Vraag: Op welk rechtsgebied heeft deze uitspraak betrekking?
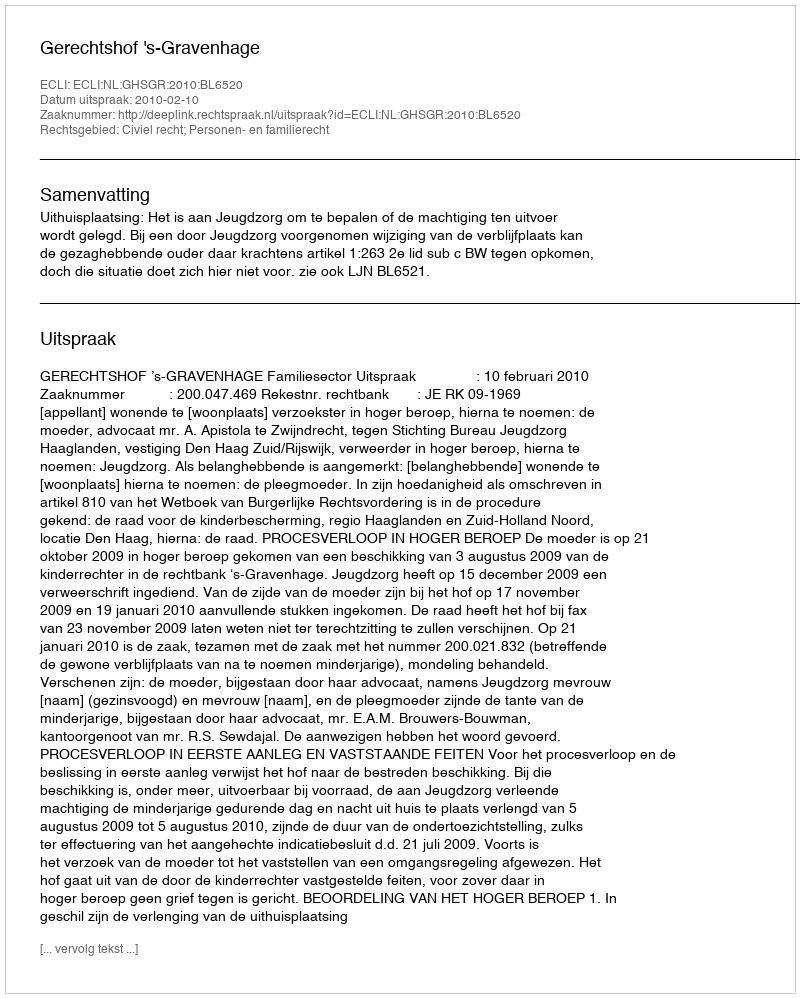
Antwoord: Civiel recht; Personen- en familierecht